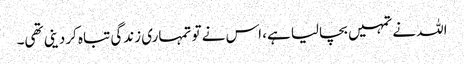
اللہ نے تمہیں بچالیا ہے، اس نے تو تمہاری زندگی تباہ کردینی تھی۔